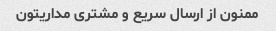
ممنون از ارسال سریع و مشتری مداریتون